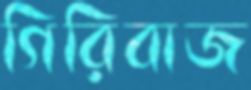
গিরিবাজ